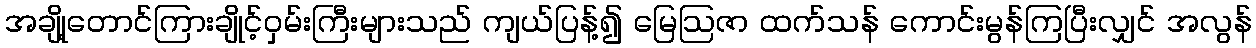
အချို့တောင်ကြားချိုင့်ဝှမ်းကြီးများသည် ကျယ်ပြန့်၍ မြေဩဇာ ထက်သန် ကောင်းမွန်ကြပြီးလျှင် အလွန်